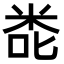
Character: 𮇎